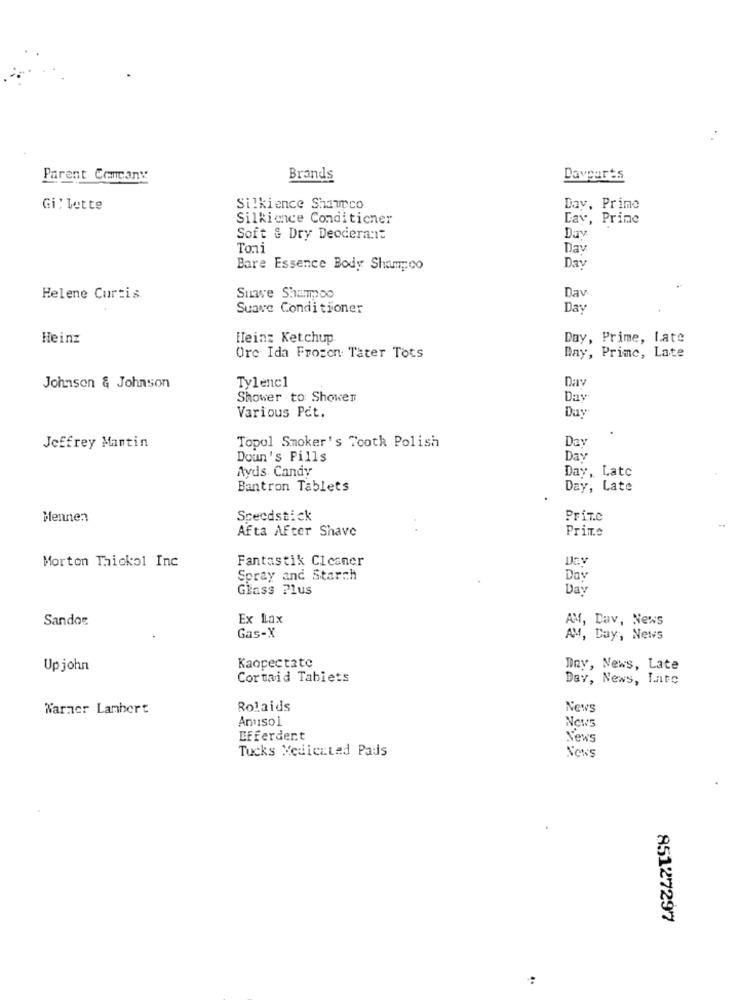
Parent Company
Brands
Davparts
Gillette
Silkience Shampco
Day, Primo
Silkience Conditioner
Day, Princ
Day
Soft & Dry Deoderant
Toni
Day
Bare Essence Body Shampoo
Day
Helene Curtis
Suave Shampoo
Dav
Suave Conditioner
Das
Heinz
Heinz Ketchup
Day, Prime, Late
Ore Ida Frozen Tater Tots
Bay, Prime, Late
Tylenc1
Da
Johnson & Johnson
Shower to: Shower
Day
Various Pct.
Day
Day
Jeffrey Mantin
Topol Smoker's Tooth Polish
Doun's Pills
Day
Ayds Candy
Day, Latc
Bantron Tablets
Day, Late
Mennen
Scecdstick
PriT.C
Afta After Shave
Prime
Morton Thiokol Inc
Fantastik Cleaner
Spray and Starch
Day
Glass Plus
Day
Sandor
Ex Lax
AM, Dav, News
Gas-X
AM, Day, News
Kaopectate
Upjohn
Dny, News, Late
Cortaid Tablets
Dav, News, Lato
Warner Lambert
Rolaids
News
Antiso i
News
Efferdent
News
Tucks Medicated Pads
NONS
85127297